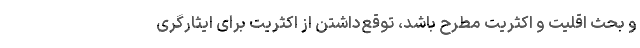
و بحث اقلیت و اکثریت مطرح باشد، توقع‌داشتن از اکثریت برای ایثارگری